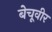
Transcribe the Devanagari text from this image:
बेचूवीर